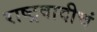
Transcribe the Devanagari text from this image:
राष्ट्रवादीचं